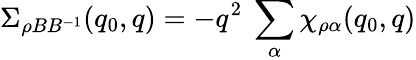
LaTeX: \Sigma_{\rho BB^{-1}}(q_{0},q)=-q^{2}\ \sum_{\alpha}\chi_{\rho\alpha}(q_{0},q)